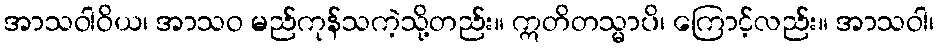
အာသဝါဝိယ၊ အာသဝ မည်ကုန်သကဲ့သို့တည်း။ ဣတိတသ္မာပိ၊ ကြောင့်လည်း။ အာသဝါ၊